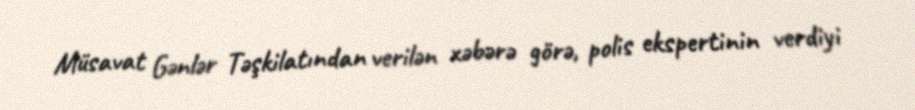
Müsavat Gənlər Təşkilatından verilən xəbərə görə, polis ekspertinin verdiyi